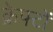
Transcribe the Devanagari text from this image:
क्रेफ्टों